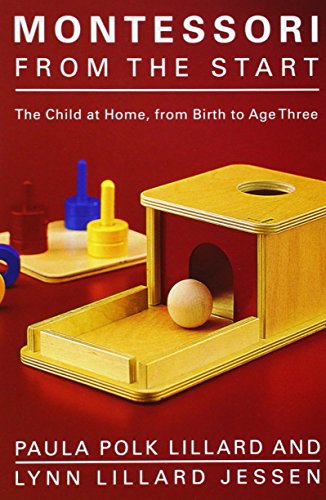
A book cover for Montessori from the Start: The Child at Home, from Birth to Age Three; Paula Polk Lillard; Education & Teaching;